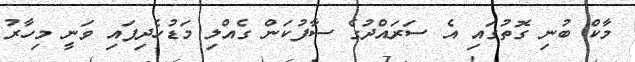
މާކް ބުނި ގޮތުގައި އެ ސަރަައްދުގެ ސާފުކަން ގެއްލި މަޑުހެދިފައި ވަނީ މިހާރު